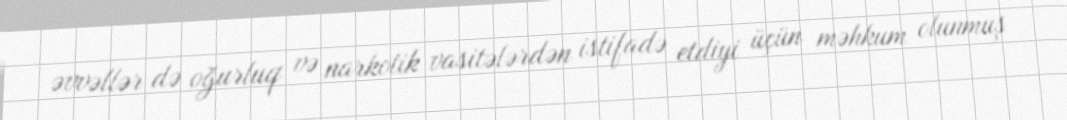
əvvəllər də oğurluq və narkotik vasitələrdən istifadə etdiyi üçün məhkum olunmuş